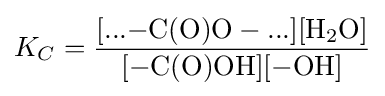
K_{C}={\frac {[...{{-}\mathrm {C} (\mathrm {O} )\mathrm {O} {}-{}}...][{\mathrm {H} {\vphantom {A}}_{\smash[{t}]{2}}\mathrm {O} }]}{[{{-}\mathrm {C} (\mathrm {O} )\mathrm {OH} }][{{-}\mathrm {OH} }]}}